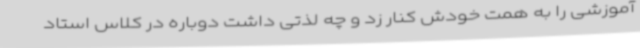
آموزشی را به همت خودش کنار زد و چه لذتی داشت دوباره در کلاس استاد